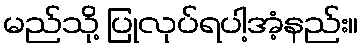
မည်သို့ ပြုလုပ်ရပါ့အံ့နည်း။